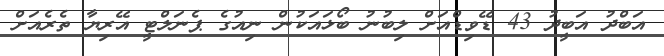
އަބްދު އަބީދު 43 ޑޭވިޑްއަށް ލިބުނު ބޯޅައަކުން ނިއުގެ ޕެނަލްޓީ އޭރިޔާ ތެރެއަށް